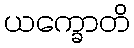
ယက္ခောတိ